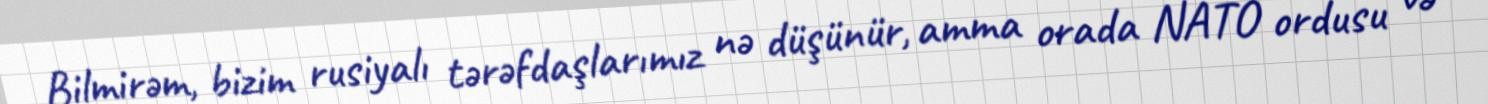
Bilmirəm, bizim rusiyalı tərəfdaşlarımız nə düşünür, amma orada NATO ordusu və